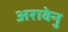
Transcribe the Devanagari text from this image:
अरावेनु